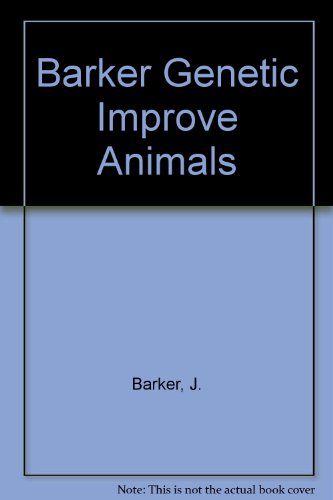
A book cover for Future Developments in the Genetic Improvement of Animals; J. Barker; Medical Books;